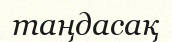
таңдасақ